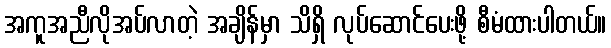
အကူအညီလိုအပ်လာတဲ့ အချိန်မှာ သိရှိ လုပ်ဆောင်ပေးဖို့ စီမံထားပါတယ်။